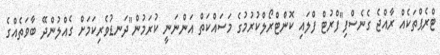
ޓްރެޕްތަކެއް ރާއްޖެ ގެނެސްފި"ފްރުޓް ފްލައި ކޮންޓްރޯލްކުރުމުގެ މަސައްކަތް އަންނަނީ ކުރަމުން"ދަނޑުވެރިކަމަށް ގެއްލުންދޭ ބާވަތެެއްގެ